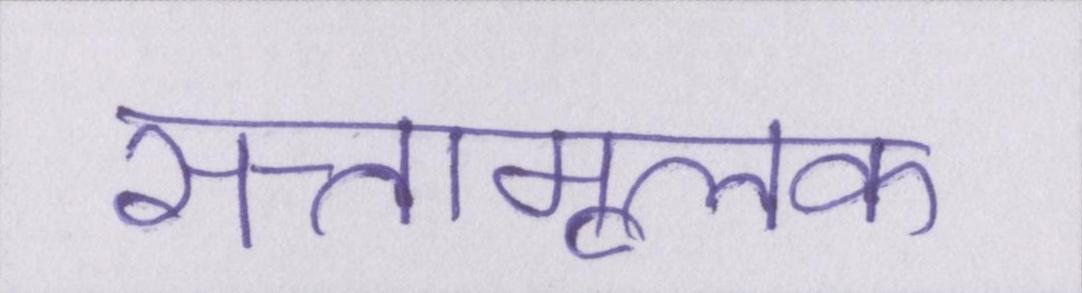
सत्तामूलक